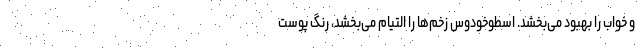
و خواب را بهبود می‌بخشد. اسطوخودوس زخم‌ها را التیام می‌بخشد، رنگ پوست